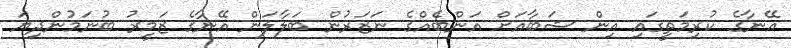
އޭނާގެ ކުރިމަތީގައި އިން ޝަބާއަށް އަންބެއްގެ ނަޒަރުން ބަލާލަން އޭނާގެ ޒަމީރު ބުނަމުންދިޔަ